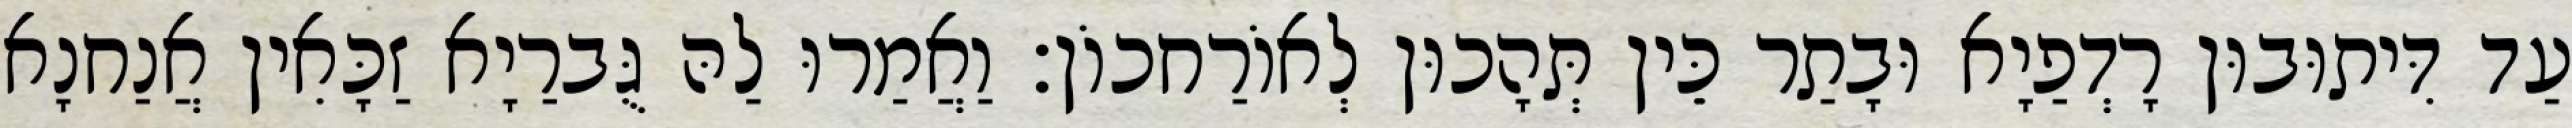
עַד דִּיתוּבוּן רָדְפַיָא וּבָתַר כֵּין תְּהָכוּן לְאוֹרַחכוֹן׃ וַאֲמַרוּ לַהּ גֻּברַיָא זַכָּאִין אֲנַחנָא